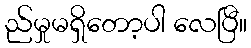
ည်မှုမရှိတော့ပါ လေပြီ။